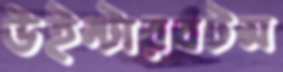
উইন্টারবটম